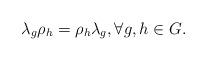
LaTeX: \begin{align*}\lambda_g\rho_ h =\rho_h\lambda_g, \forall g, h \in G.\end{align*}